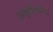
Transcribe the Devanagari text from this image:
तनूर्वामदेव्यं